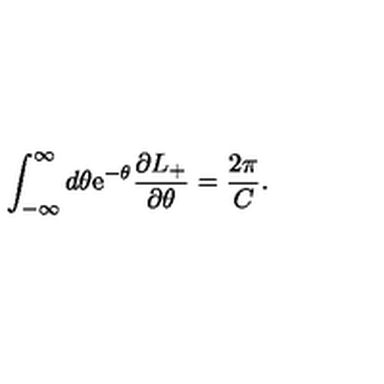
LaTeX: \int _ { - \infty } ^ { \infty } d \theta \mathrm { e } ^ { - \theta } \frac { \partial L _ { + } } { \partial \theta } = \frac { 2 \pi } { C } .